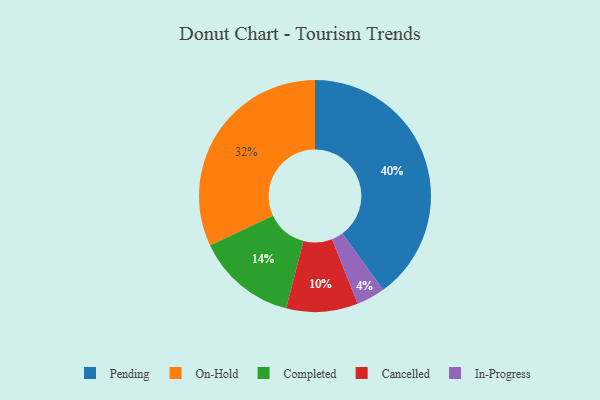
{"axis": {"x": "Category", "y": "Percentage"}, "legend": ["Cancelled", "Completed", "In-Progress", "On-Hold", "Pending"], "data": [{"x": "On-Hold", "y": 32, "type": "On-Hold"}, {"x": "Pending", "y": 40, "type": "Pending"}, {"x": "Completed", "y": 14, "type": "Completed"}, {"x": "In-Progress", "y": 4, "type": "In-Progress"}, {"x": "Cancelled", "y": 10, "type": "Cancelled"}]}